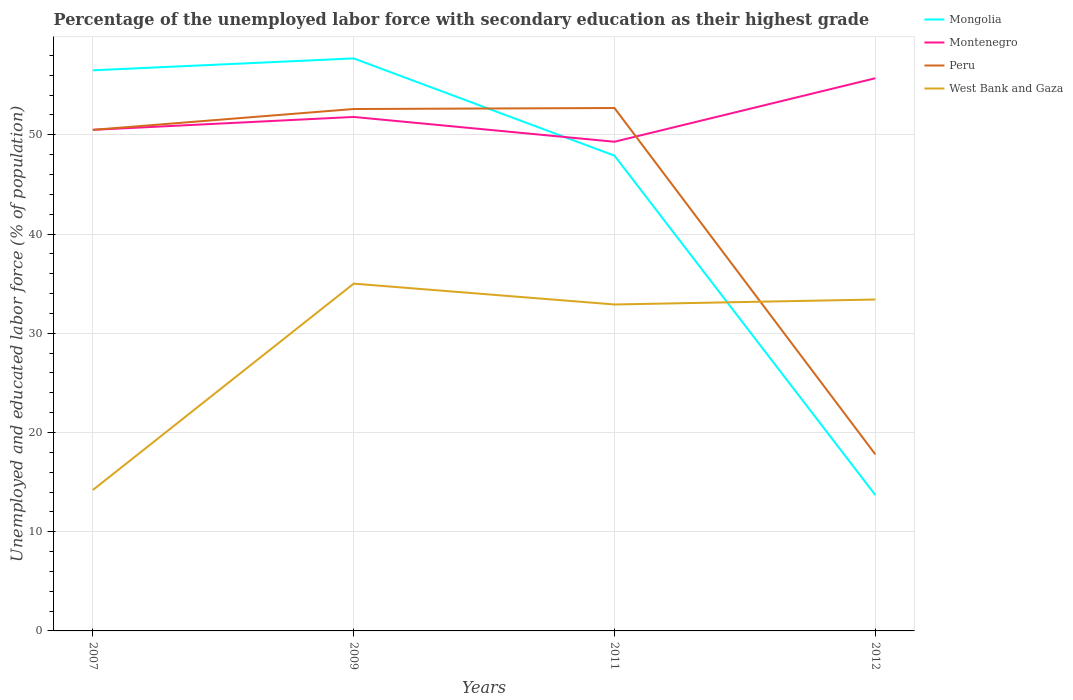
| Years | Mongolia | Montenegro | Peru | West Bank and Gaza |
 | --- | --- | --- | --- | --- |
 | 2007 | 56.5 | 50.5 | 50.5 | 14.2 |
 | 2009 | 57.7 | 51.8 | 52.6 | 35 |
 | 2011 | 47.9 | 49.3 | 52.7 | 32.9 |
 | 2012 | 13.7 | 55.7 | 17.8 | 33.4 |